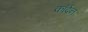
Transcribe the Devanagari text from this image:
कॉर्दन